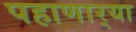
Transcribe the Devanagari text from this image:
पहाणार्‍या